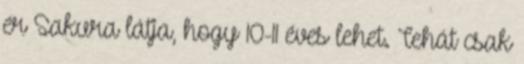
ér Sakura látja, hogy 10-11 éves lehet. Tehát csak